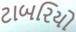
ટાબરિયો